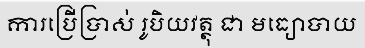
ការប្រើប្រាស់ រូបិយវត្ថុ ជា មធ្យោបាយ